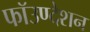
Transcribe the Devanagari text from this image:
फॉउण्देशन